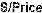
S/PRICE